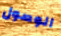
الوصول